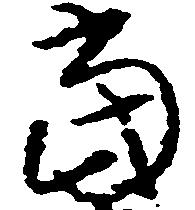
当